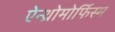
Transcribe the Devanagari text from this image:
ऐन्थ्रोमोर्फिस्म